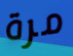
مرة